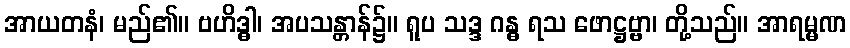
အာယတနံ၊ မည်၏။ ဗဟိဒ္ဓါ၊ အပသန္တာန်၌။ ရူပ သဒ္ဒ ဂန္ဓ ရသ ဖောဋ္ဌဗ္ဗာ၊ တို့သည်။ အာရမ္မဏ